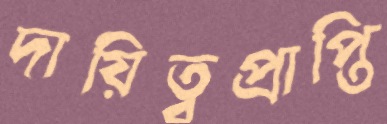
দায়িত্বপ্রাপ্তি